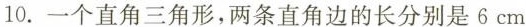
10.一个直角三角形，两条直角边的长分别是6cm